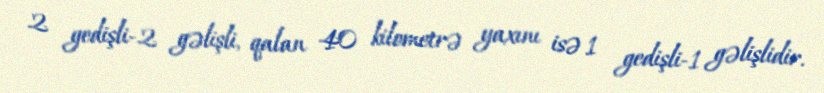
2 gedişli-2 gəlişli, qalan 40 kilometrə yaxını isə 1 gedişli-1 gəlişlidir.